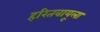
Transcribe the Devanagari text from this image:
हरितवायूला